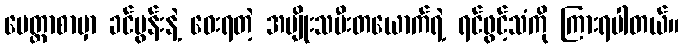
မေတ္တာစာမှာ ခင်ပွန်းနဲ့ ဝေးရတဲ့ အမျိုးသမီးတယောက်ရဲ့ ရင်ဖွင့်သံကို ကြားရပါတယ်။